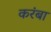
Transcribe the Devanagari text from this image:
करंबा